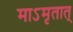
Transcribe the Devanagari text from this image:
माऽमृतात्‌